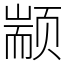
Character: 颛